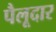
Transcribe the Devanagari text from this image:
पैलूदार